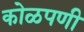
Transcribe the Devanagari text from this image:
कोळपणी